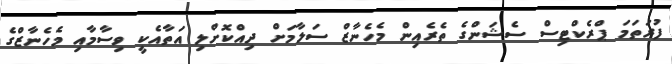
ފުރަތަމަ ޕްރެކްޓިސް ސެޝަންގެ ތެރެއިން މެހެނާޒް ސަލާމަށް ދިއްކޮށްލި އަތާއެކީ ވިސާމާއި މެހެނާޒްގެ